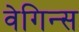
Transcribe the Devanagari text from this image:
वेगिन्स